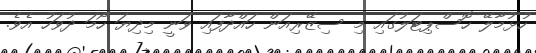
ހުޅުމާލޭ ހޮސްޕިޓަލުގައި މި ސިޒޭރިއަން ހައްދާފައި ވަނީ މިދިޔަ ހޯމަ ދުވަހު އެވެ.